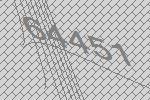
64451